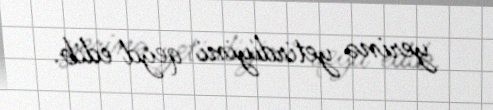
yerinə yetirdiyini qeyd edib.